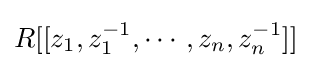
R[[z_{1},z_{1}^{-1},\cdots ,z_{n},z_{n}^{-1}]]